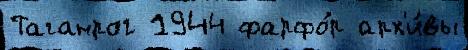
Таганрог 1944 фарфо́р арх'и́вы